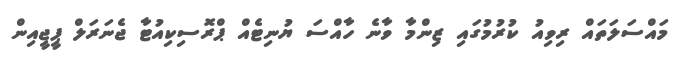
މައްސަލަތައް ރިވިއު ކުރުމުގައި ޒިންމާ ވާނެ ހާއްސަ ޔުނިޓެއް ޕްރޮސިކިއުޓާ ޖެނަރަލް ޕީޖީއިން